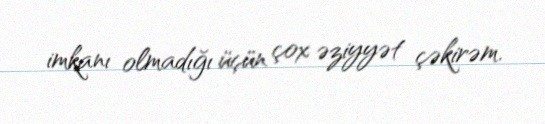
imkanı olmadığı üçün çox əziyyət çəkirəm.